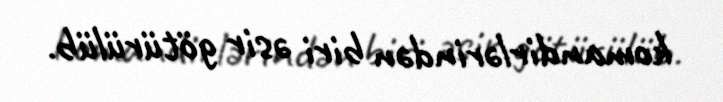
komandirlərindən biri əsir götürülüb.